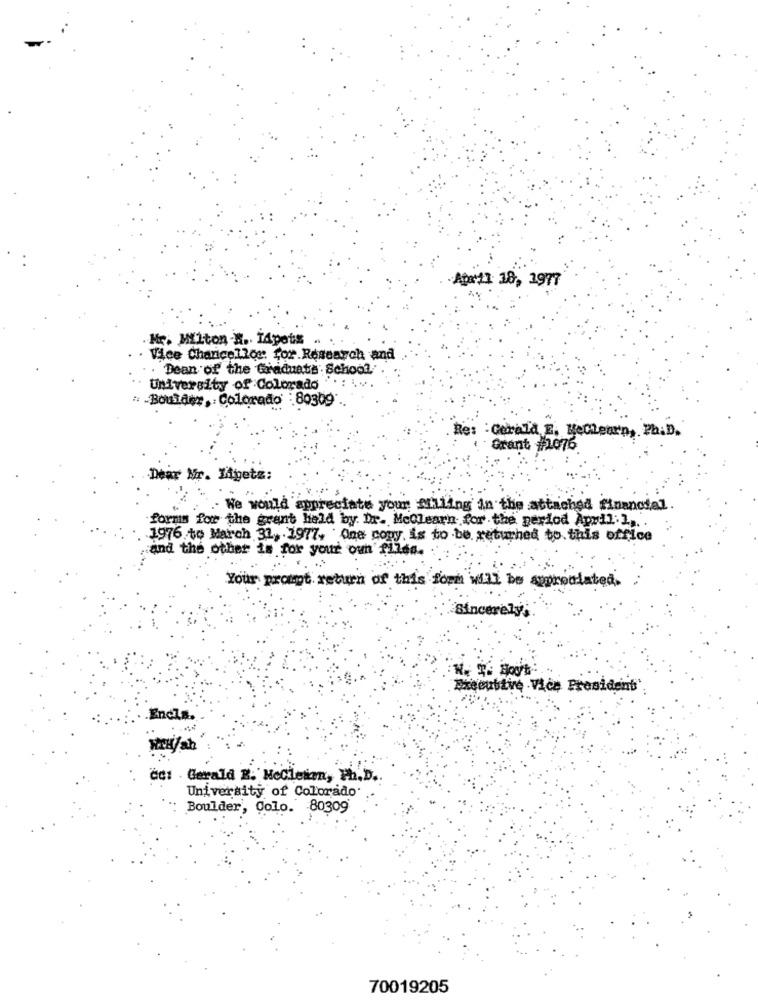
April 18, 1977
Mr. Milton-R. TApotis
Vice Chancellor for Research and
. Dean of the Graduate School
University of Colorado
Boulder, Colorado : 80309
Re: : Gerald E, BeClear'n, Ph.D.
Grant #1076
Dear Mr. Migeta:
.. We would appreciate your Mulling in the attached financial.
forms for the grant held by Dr. Meclearn for the period April.] ...
1976 to March 32, 1977. One cony, is to be returned to. this office
and the other is for your own filed.
Your prompt return of this form will be appreciated.
sincerely,
Checutive .Vice President'
Encla.
CC: . Gerald R. NeCileian, Ph.D.
University of Colorado
Boulder, Colo. 80309
70019205